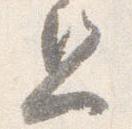
旦